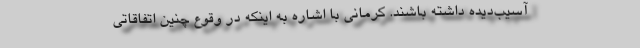
آسیب‌دیده داشته باشند. کرمانی با اشاره به اینکه در وقوع چنین اتفاقاتی